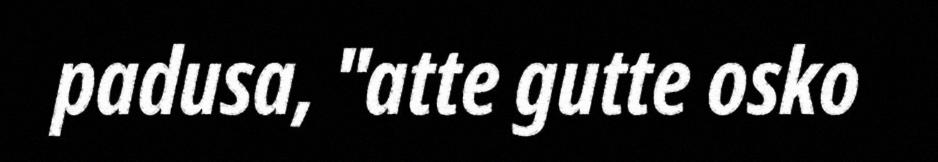
padusa, "atte gutte osko